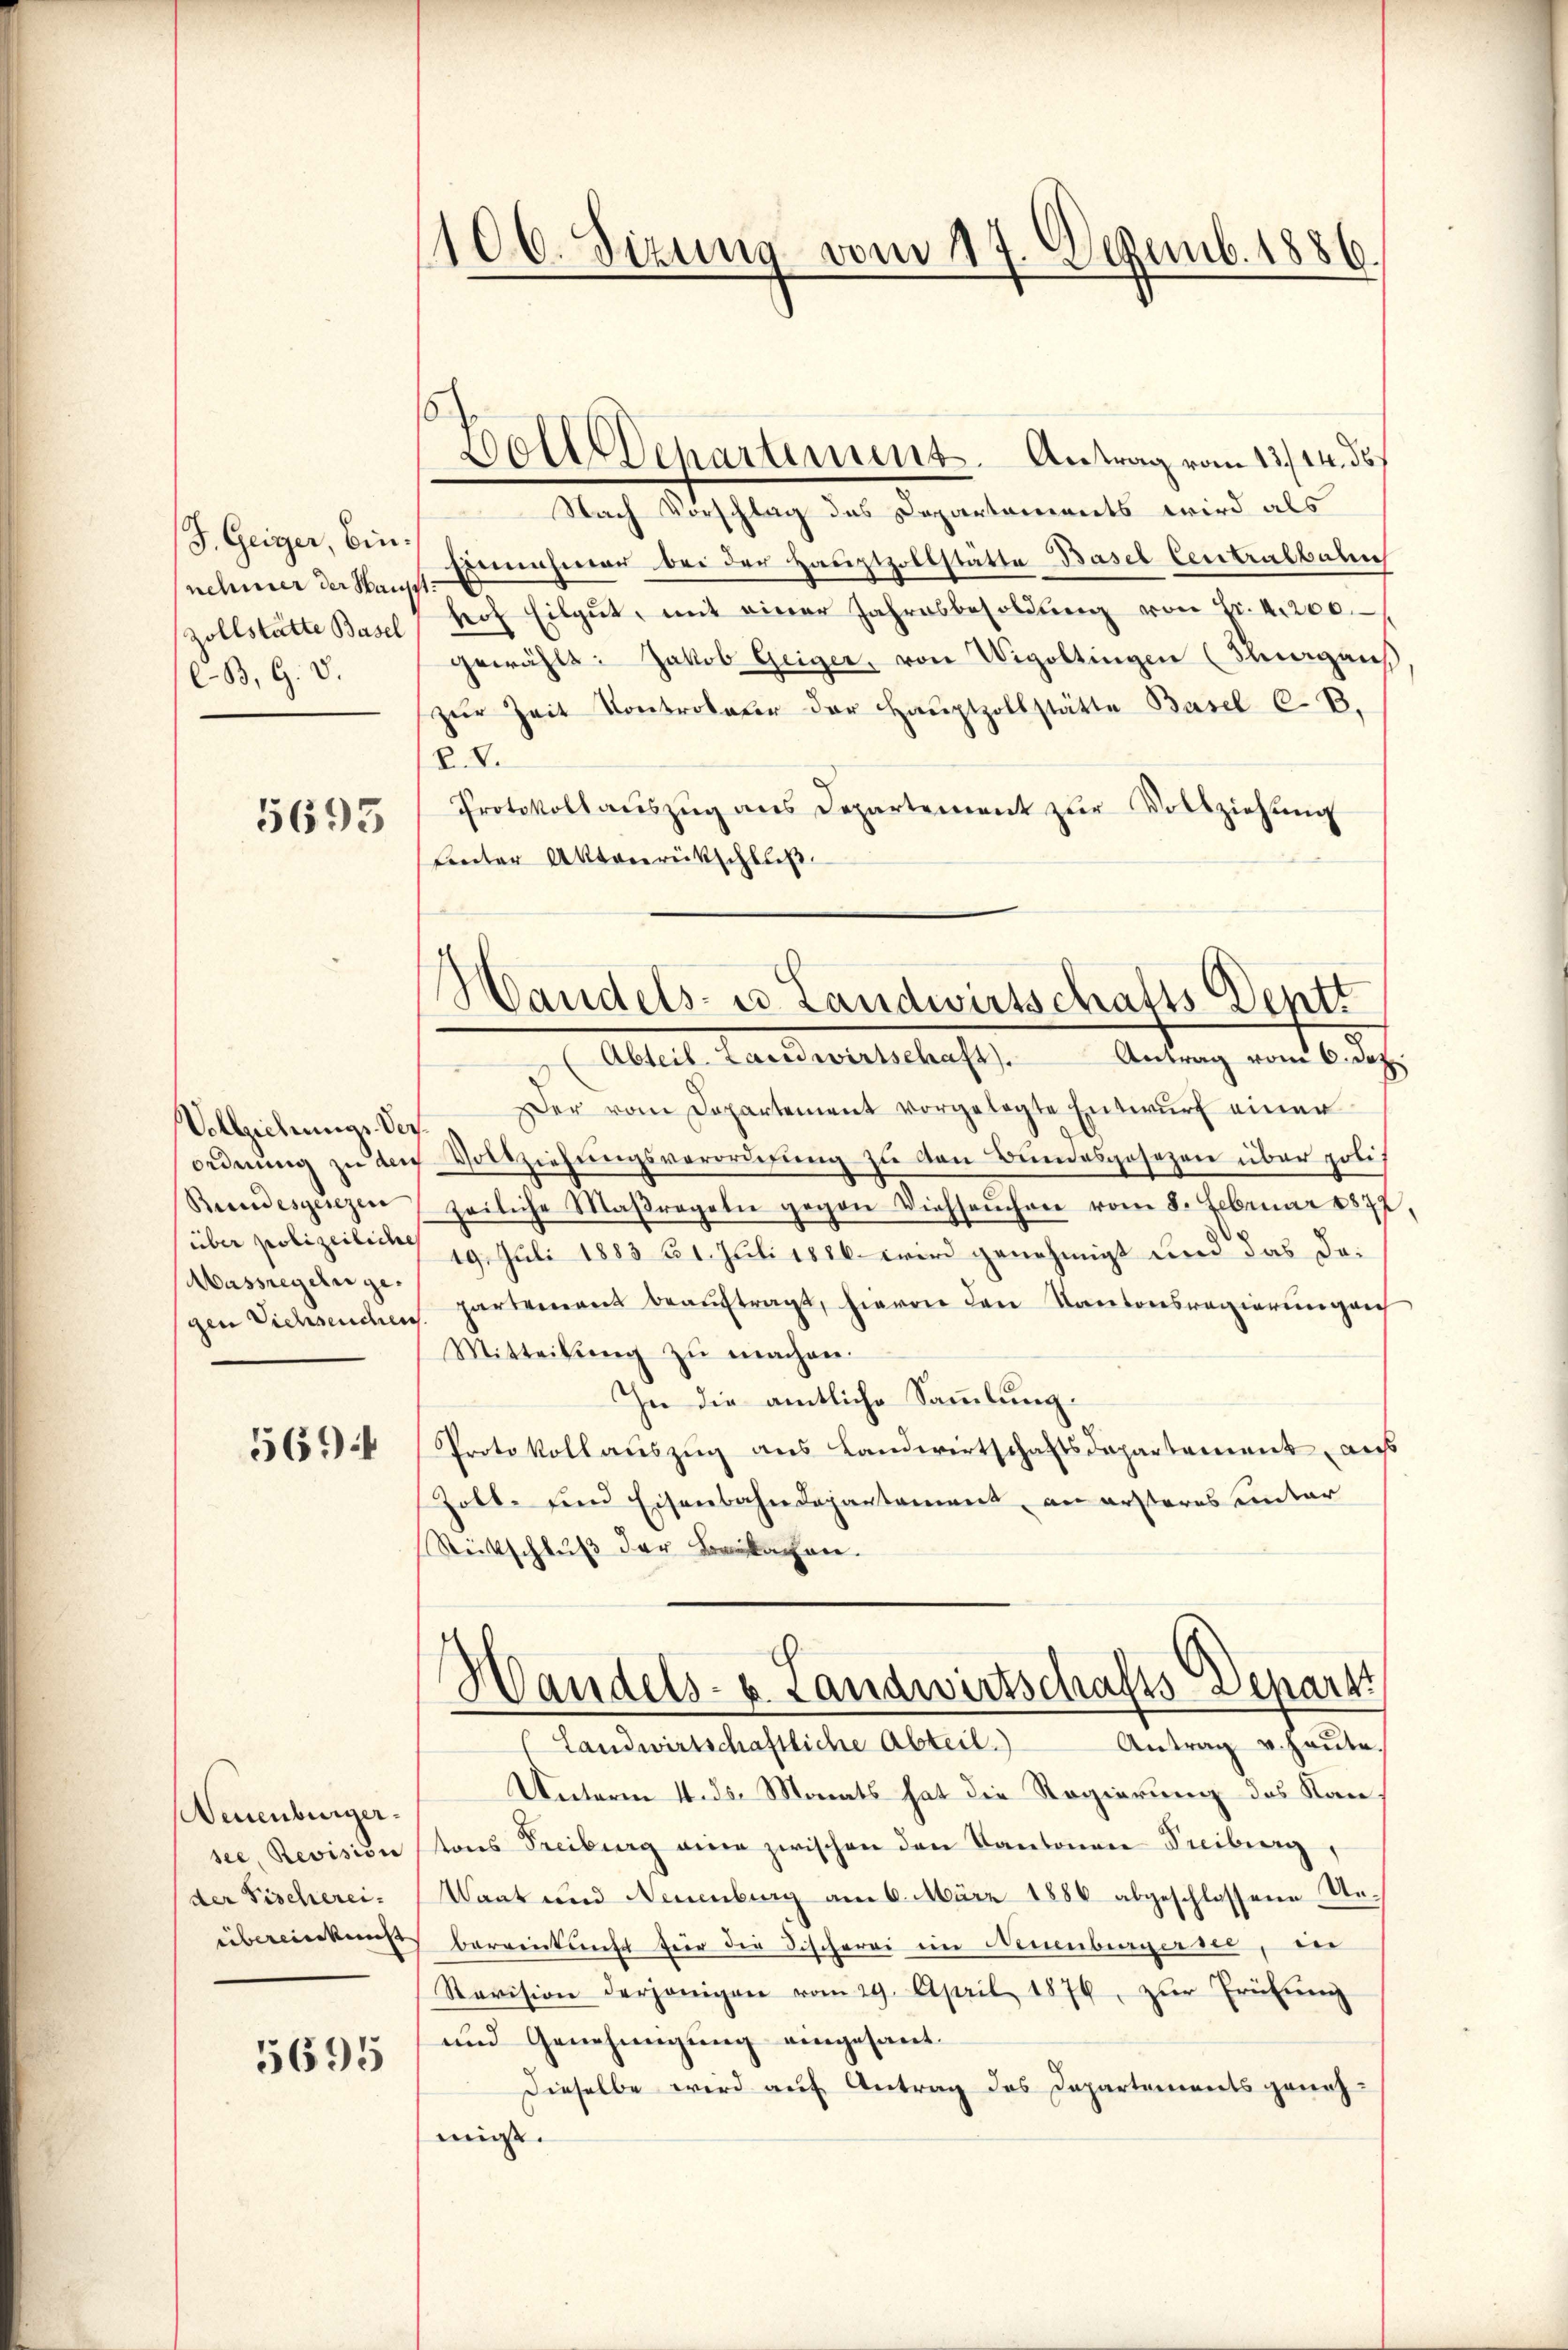
J. Geiger, Binnehmer der Hau
zollstätte Basel
C.B. G. V.

5693

Vollziehung. Ver
ordnung zu den
Bundesgesezen
über polizeiliche
Massregeln gegen Viehseuchen

5694

Neuenburgersee Revision
der Fischerei-
übereinkunft

5695

106. Sizung vom 17. Dezemb. 1886.

Boll Departement. Antrag vom 13./14. ds.
Nach Vorschlag des Departements wird als
Einnahmer bei der Hauptzollstatte Basel Centralbahn
heof Eilgŭt, mit einer Jahresbesoldŭng von Fr. 4200.
gewählt: Jakob Geiger, von Wigoltingen (Thurgaus
zŭr Zeit Kontrobler der Haŭptzollstätte Basel C. B.
C.V.
Protokollauszug aus Departement zŭr Vollziehung
Lnter Aktenrückschluß.

Handels- u Landwirtschafts-Dentt
Abteil. Landwirtschaft. Antrag vom 6. Dez.

er vom Departement vorgelegte Entwŭrf einer
Vollziehungsverordnung zu von Bundesgesezen über soli
zeiliche Maßregeln gegen Viehseuchen vom 8. Februar 1872
19. Juli 1883 31. Juli 1886 wird genehmigt und das Dapartement beaŭftragt, hievon den Kantonsregierungen
Mitteilŭng zŭ machen.
In die amtliche Sammlung.
Protokollauszug aus Landwirtschaftsdepartement, auß
Zoll- und Eisenbahndepartament, an ersteres unter
Strittschluß der Bachen.

Handels- u. Landwirtschafts Deparat

Landwirtschaftliche Abteil. Antrag u. haŭte.
Unterm 4. ds. Monats hat die Regierung des Nan
tons Freiburg eine zwischen den Kantonen Freiburg,
Wart und Neuenburg am 6. März 1886 abgeschlossene Unbereitung für die Fischerei im Neuenbergerit, der
Revision derjenigen vom 29. April 1876, zŭr Trübŭng
und Genehmigung eingesant.
Dieselbe wird auf Antrag des Departements genehmigt.